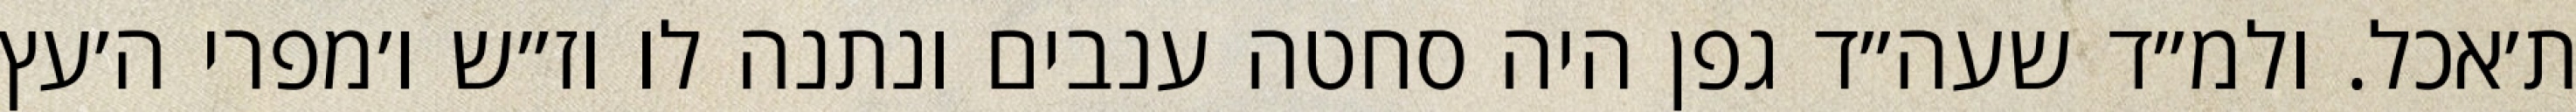
ת׳אכל. ולמ״ד שעה״ד גפן היה סחטה ענבים ונתנה לו וז״ש ו׳מפרי ה׳עץ